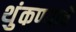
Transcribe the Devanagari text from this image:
थुंकण्याचे